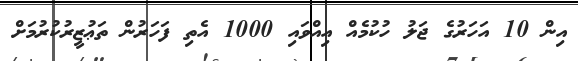
އިން 10 އަހަރުގެ ޖަލު ހުކުމެއް އިއްވައި 1000 އެތި ފަހަރުން ތަޢުޒީރުކުރުމަށް